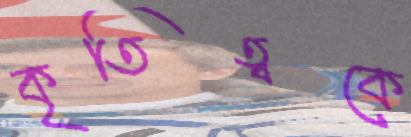
কৃতিত্বকে